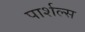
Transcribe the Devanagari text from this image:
पार्शल्स